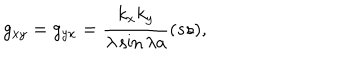
g _ { x y } = g _ { y x } = { \frac { k _ { x } k _ { y } } { \lambda \sin \lambda a } } ( s s ) ,